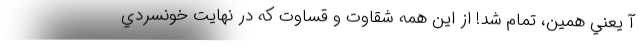
آ يعني همين، تمام شد! از اين همه شقاوت و قساوت كه در نهايت خونسردي